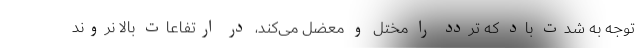
توجه به شدت باد که تردد را مختل و معضل می‌کند، در ارتفاعات بالا نروند